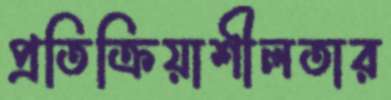
প্রতিক্রিয়াশীলতার